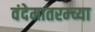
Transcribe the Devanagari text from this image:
वंदेमातरम्च्या